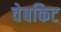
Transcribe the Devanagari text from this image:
वेबकिट